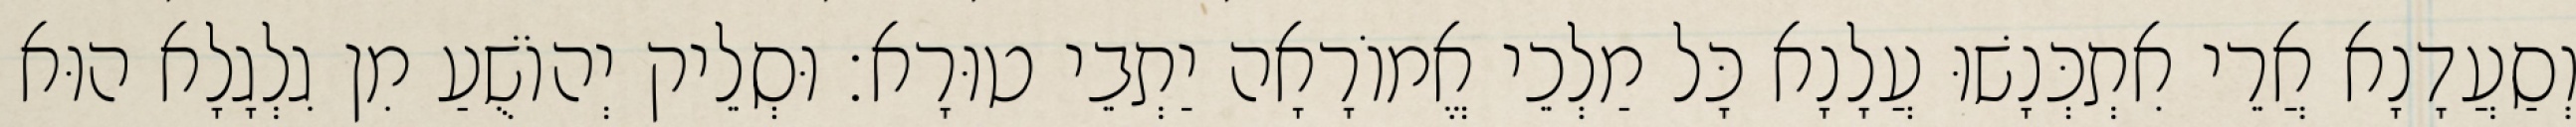
וְסַעֲדָנָא אֲרֵי אִתְכְּנָשׁוּ עֲלָנָא כָּל מַלְכֵי אֱמוֹרָאָה יַתְבֵי טוּרָא׃ וּסְלֵיק יְהוֹשֻׁעַ מִן גִלְגָלָא הוּא